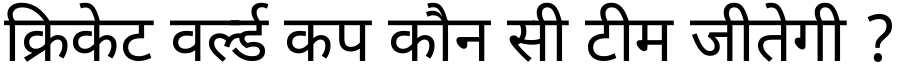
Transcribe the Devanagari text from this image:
क्रिकेट वर्ल्ड कप कौन सी टीम जीतेगी ?